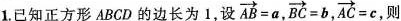
1.已知正方形ABCD的边长为1，设 $$\overrightarrow { A B } = a$$ ， $$\overrightarrow { B C } = b$$ ， $$\overrightarrow { A C } = c$$ ，则